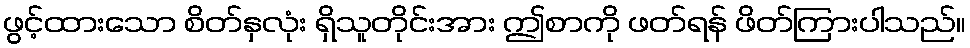
ဖွင့်ထားသော စိတ်နှလုံး ရှိသူတိုင်းအား ဤစာကို ဖတ်ရန် ဖိတ်ကြားပါသည်။